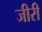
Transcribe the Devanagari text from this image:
जीरी